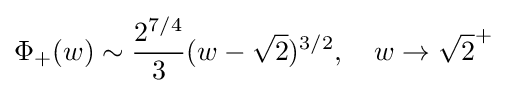
\Phi _{+}(w)\sim {\frac {2^{7/4}}{3}}(w-{\sqrt {2}})^{3/2},\quad w\to {\sqrt {2}}^{+}